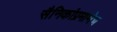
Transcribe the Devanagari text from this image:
सैनिकांप्रमाणेच